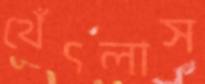
থেঁৎলাস